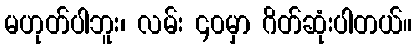
မဟုတ်ပါဘူး၊ လမ်း ၄၀မှာ ဂိတ်ဆုံးပါတယ်။